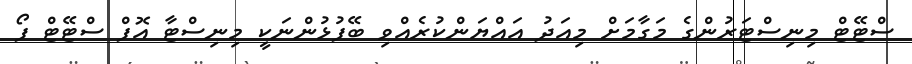
ސްޓޭޓް މިނިސްޓަރުންގެ މަގާމަށް މިއަދު އައްޔަންކުރެއްވި ބޭފުޅުންނަކީ މިނިސްޓާ އޮފް ސްޓޭޓް ފޯ